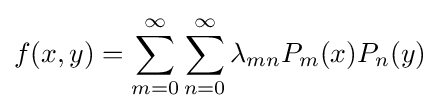
f(x,y)=\sum _{m=0}^{\infty }\sum _{n=0}^{\infty }\lambda _{mn}P_{m}(x)P_{n}(y)